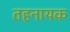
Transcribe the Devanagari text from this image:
तहनायक